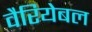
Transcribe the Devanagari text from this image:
वैरियेबल